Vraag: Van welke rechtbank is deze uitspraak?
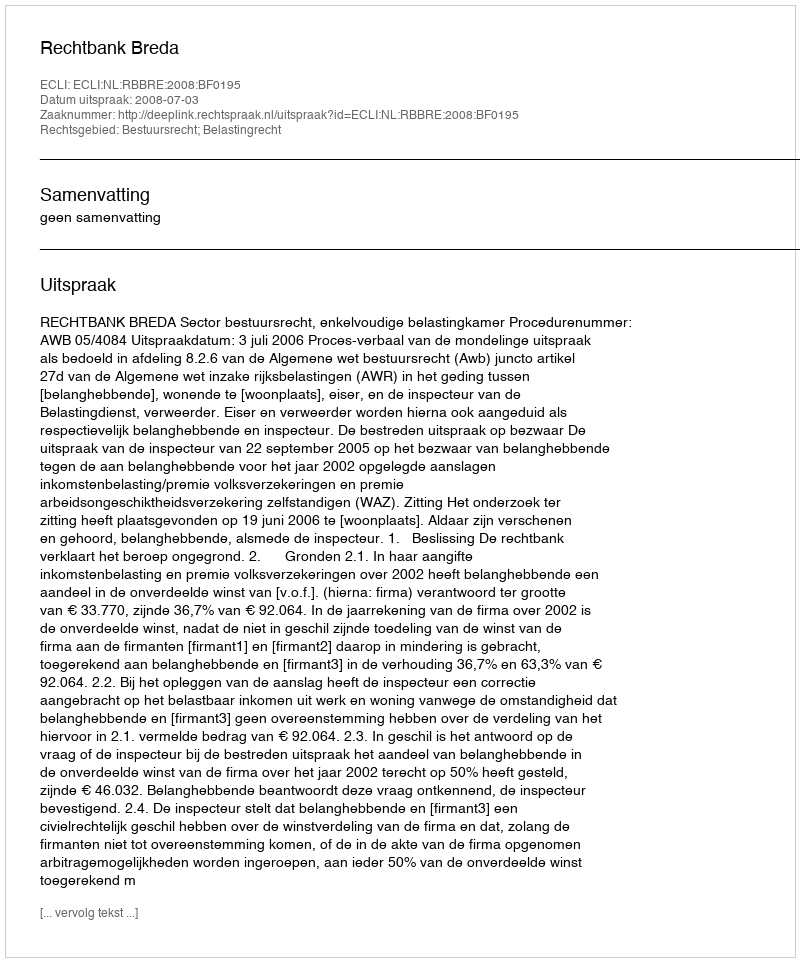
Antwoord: Rechtbank Breda